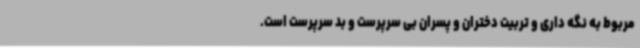
مربوط به نگه داری و تربیت دختران و پسران بی سرپرست و بد سرپرست است.